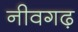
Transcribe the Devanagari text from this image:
नीवगढ़